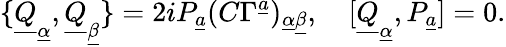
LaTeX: \{ \underline{{Q}}_{\underline{{\alpha}}},\underline{{Q}}_{\underline{{\beta}}}\} =2iP_{\underline{{a}}}(C\Gamma^{\underline{{a}}})_{\underline{{\alpha}}\underline{{\beta}}},\quad[\underline{{Q}}_{\underline{{\alpha}}},P_{\underline{{a}}}]=0.